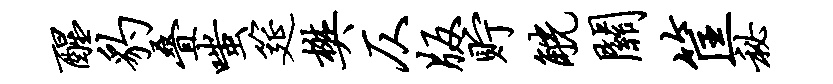
醒豹叠嗤筵樊仄版贮觥关筐秘